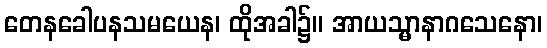
တေနခေါပနသမယေန၊ ထိုအခါ၌။ အာယသ္မာနာဂသေနော၊